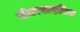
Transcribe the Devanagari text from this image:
नोटरसाइकिल